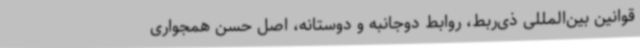
قوانین بین‌المللی ذی‌ربط، روابط دوجانبه و دوستانه، اصل حسن همجواری